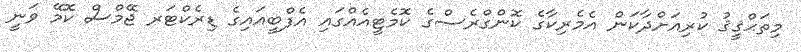
މިތަޙްޤީޤު ކުރިއަށްދާކަން އެމެރިކާގެ ކޮންގްރެސްގެ ކޮމެޓީއެއްގައި އެފްބީއައިގެ ޑިރެކްޓަރ ޖޭމްސް ކޮމޭ ވަނީ